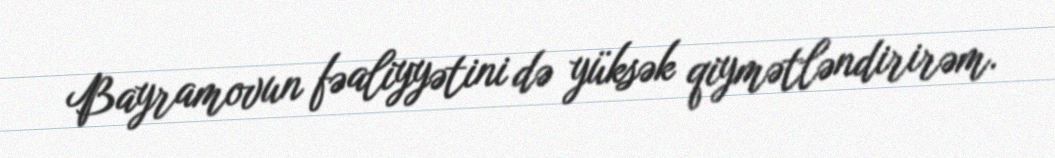
Bayramovun fəaliyyətini də yüksək qiymətləndirirəm.